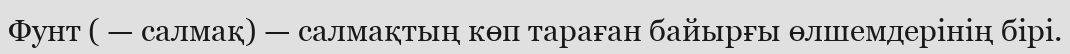
Фунт ( — салмақ) — салмақтың көп тараған байырғы өлшемдерінің бірі.